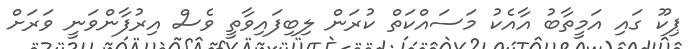
ޕިކޫ ގައި އަމީތާބު އާއެކު މަސައްކަތް ކުރަން ލިބިފައިވާތީ ވެސް އިރުފާންވަނީ ވަރަށް